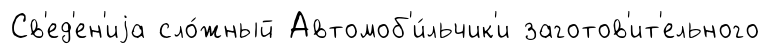
Св'ед'ен'иjа сло́жный Автомоб'и́льчик'и заготов'ит'ельного